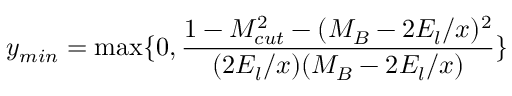
y _ { m i n } = \operatorname * { m a x } \{ 0 , \frac { 1 - M _ { c u t } ^ { 2 } - ( M _ { B } - 2 E _ { l } / x ) ^ { 2 } } { ( 2 E _ { l } / x ) ( M _ { B } - 2 E _ { l } / x ) } \}